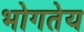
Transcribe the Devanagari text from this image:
भोगतेय